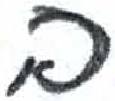
אות: ב